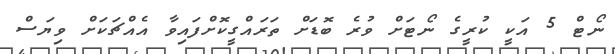
ނޯޓް 5 އަކީ ކުރީގެ ނޯޓަށް ވުރެ ބޮޑަށް ތަރައްގީކޮށްފައިވާ އެއްޗަކަށް ވިޔަސް